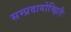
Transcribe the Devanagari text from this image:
सम्प्रदायोच्झितैः